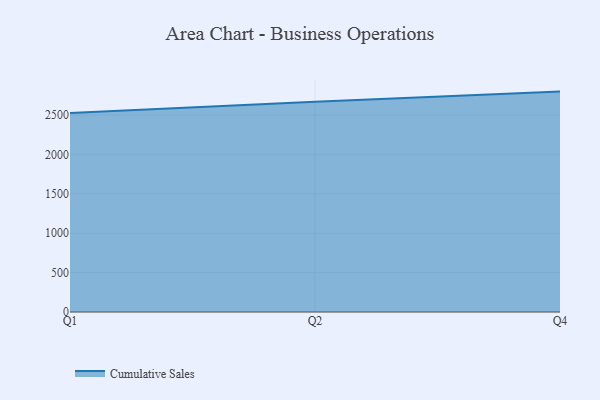
{"axis": {"x": "Quarter", "y": "Humidity (%)"}, "legend": ["Cumulative Sales"], "data": [{"x": "Q1", "y": 2525.9, "type": "Cumulative Sales"}, {"x": "Q2", "y": 2668.6, "type": "Cumulative Sales"}, {"x": "Q4", "y": 2797.1, "type": "Cumulative Sales"}]}